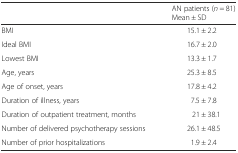
|  | AN patients (n = 81)Mean ± SD |
 | --- | --- |
 | BMI | 15.1 ± 2.2 |
 | Ideal BMI | 16.7 ± 2.0 |
 | Lowest BMI | 13.3 ± 1.7 |
 | Age, years | 25.3 ± 8.5 |
 | Age of onset, years | 17.8 ± 4.2 |
 | Duration of illness, years | 7.5 ± 7.8 |
 | Duration of outpatient treatment, months | 21 ± 38.1 |
 | Number of delivered psychotherapy sessions | 26.1 ± 48.5 |
 | Number of prior hospitalizations | 1.9 ± 2.4 |